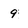
Character: 9